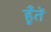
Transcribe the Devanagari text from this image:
हूँतें